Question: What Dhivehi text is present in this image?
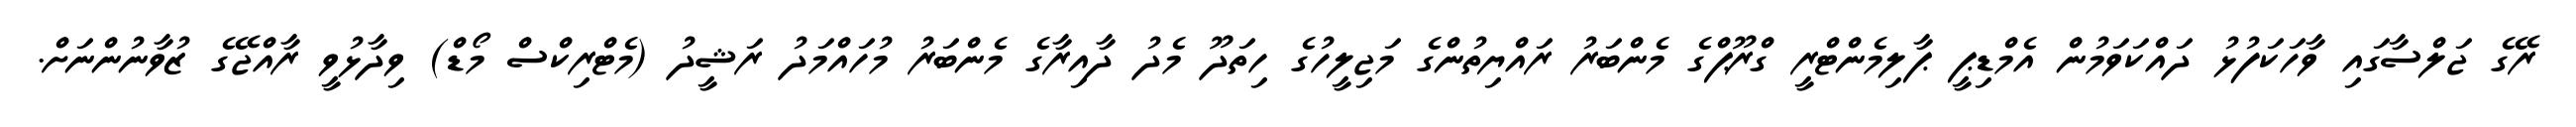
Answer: ރޭގެ ޖަލްސާގައި ވާހަކަފުޅު ދައްކަވަމުން އެމްޑިޕީ ޕާލިމެންޓްރީ ގްރޫޕްގެ މެންބަރު ރައްޔިތުންގެ މަޖިލީހުގެ ހިތަދޫ މެދު ދާއިރާގެ މެންބަރު މުހައްމަދު ރަޝީދު (މެޓްރިކްސް މޯޑް) ވިދާޅުވީ ރާއްޖޭގެ ޒުވާނުންނަށް.